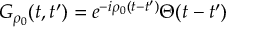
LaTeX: G _ { \rho _ { 0 } } ( t , t ^ { \prime } ) = e ^ { - i { \rho _ { 0 } } ( t - t ^ { \prime } ) } \Theta ( t - t ^ { \prime } )